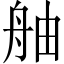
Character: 舳